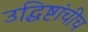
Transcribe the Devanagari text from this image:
उद्धिष्टांचीच